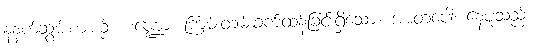
နံနက်ဆွမ်းစားစဉ်။ စဏ္ဍော၊ ကြမ်းတမ်းခက်ထန်ခြင်းရှိသော။ အာတပေါ၊ နေပူသည်။